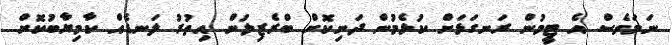
ނަމަވެސް އެ ޓީމުން ރަނގަޅަށް ކުޅެމުން ދަނިކޮށް ބްރެޒިލުން އިތުރު ލަނޑެއް ކާމިޔާބުކޮށް